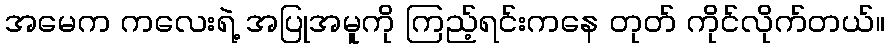
အမေက ကလေးရဲ့ အပြုအမူကို ကြည့်ရင်းကနေ တုတ် ကိုင်လိုက်တယ်။